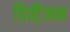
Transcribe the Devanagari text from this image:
डिवी़जन